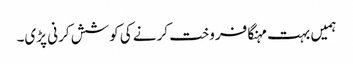
ہمیں بہت مہنگا فروخت کرنے کی کوشش کرنی پڑی۔